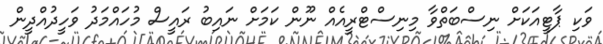
ވަކި ޕާޓީއަކަށް ނިސްބަތްވާ މިނިސްޓްރީއެއް ނޫން ކަމަށް ނައިބު ރައީސް މުހައްމަދު ވަހީދުއްދީން